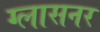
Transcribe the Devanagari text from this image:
ग्लासनर